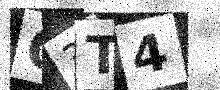
Text: Q3T4